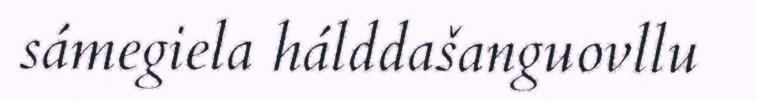
sámegiela hálddašanguovllu